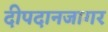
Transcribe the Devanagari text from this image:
दीपदानजागर